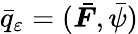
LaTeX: \bar{q}_{\varepsilon}=(\bar{\boldsymbol{F}},\bar{\psi})